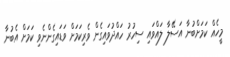
މީހެއް ކަމަށްބުނާ އަސޭލާ ލައްވައި ސިހުރު ހައްދުވައިގެން ވެރިކަމަށް ވަޑައިގެންނެވި ކަމަށް އެބުނާ